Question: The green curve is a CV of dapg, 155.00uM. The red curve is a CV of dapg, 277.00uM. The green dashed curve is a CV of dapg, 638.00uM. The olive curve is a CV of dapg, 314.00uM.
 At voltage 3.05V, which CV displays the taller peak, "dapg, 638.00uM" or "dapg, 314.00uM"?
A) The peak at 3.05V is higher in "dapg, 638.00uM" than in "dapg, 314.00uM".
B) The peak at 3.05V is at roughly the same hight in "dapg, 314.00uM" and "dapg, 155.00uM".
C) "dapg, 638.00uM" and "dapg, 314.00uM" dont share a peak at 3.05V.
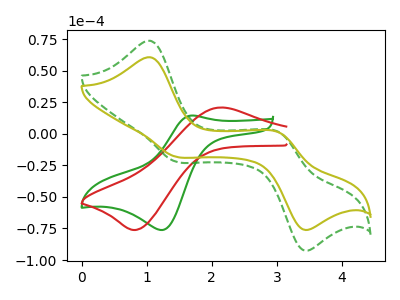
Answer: <think>The green curve "dapg, 155.00uM" has an anodic peak at (1.70V, 14.45uA) and a cathodic peak at (1.25V, -76.20uA). The red curve "dapg, 277.00uM" has an anodic peak at (2.10V, 20.80uA) and a cathodic peak at (0.85V, -76.15uA). The green dashed curve "dapg, 638.00uM" has anodic peaks at (1.05V, 73.65uA) (3.05V, 0.85uA) and cathodic peaks at (1.45V, -21.75uA) (3.40V, -91.85uA). The olive curve "dapg, 314.00uM" has anodic peaks at (1.05V, 60.60uA) (3.05V, 0.70uA) and cathodic peaks at (1.45V, -17.90uA) (3.40V, -75.55uA).</think>
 <answer>A) The peak at 3.05V is higher in "dapg, 638.00uM" than in "dapg, 314.00uM".</answer>
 <eval>A</eval>